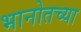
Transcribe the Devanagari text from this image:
भानोतच्या